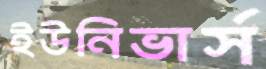
ইউনিভার্স